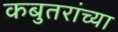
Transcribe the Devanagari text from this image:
कबुतरांच्या